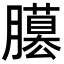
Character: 𦢐